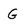
Character: G